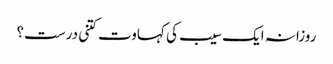
روزانہ ایک سیب کی کہاوت کتنی درست؟